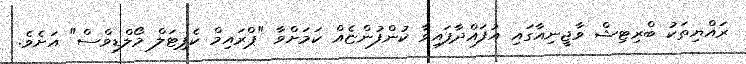
ރައްޔިތަކު ބްރިޓިޝް ވާޖީނިއާގައި އުފައްދާފައިވާ ކުންފުންޏެއް ކަމަށްވާ "ޕްރައިމް ކެޕިޓަލް މޯލްޑިވްސް" އަށެވެ.